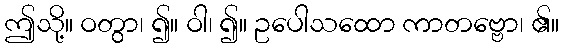
ဤသို့။ ဝတွာ၊ ၍။ ဝါ၊ ၍။ ဥပေါသထော ကာတဗ္ဗော၊ ၏။